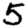
Digit: 5